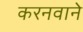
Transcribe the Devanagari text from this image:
करनवाने